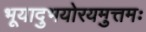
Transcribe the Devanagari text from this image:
भूयादुभयोरयमुत्तमः